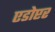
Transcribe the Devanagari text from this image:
एडोप्टर